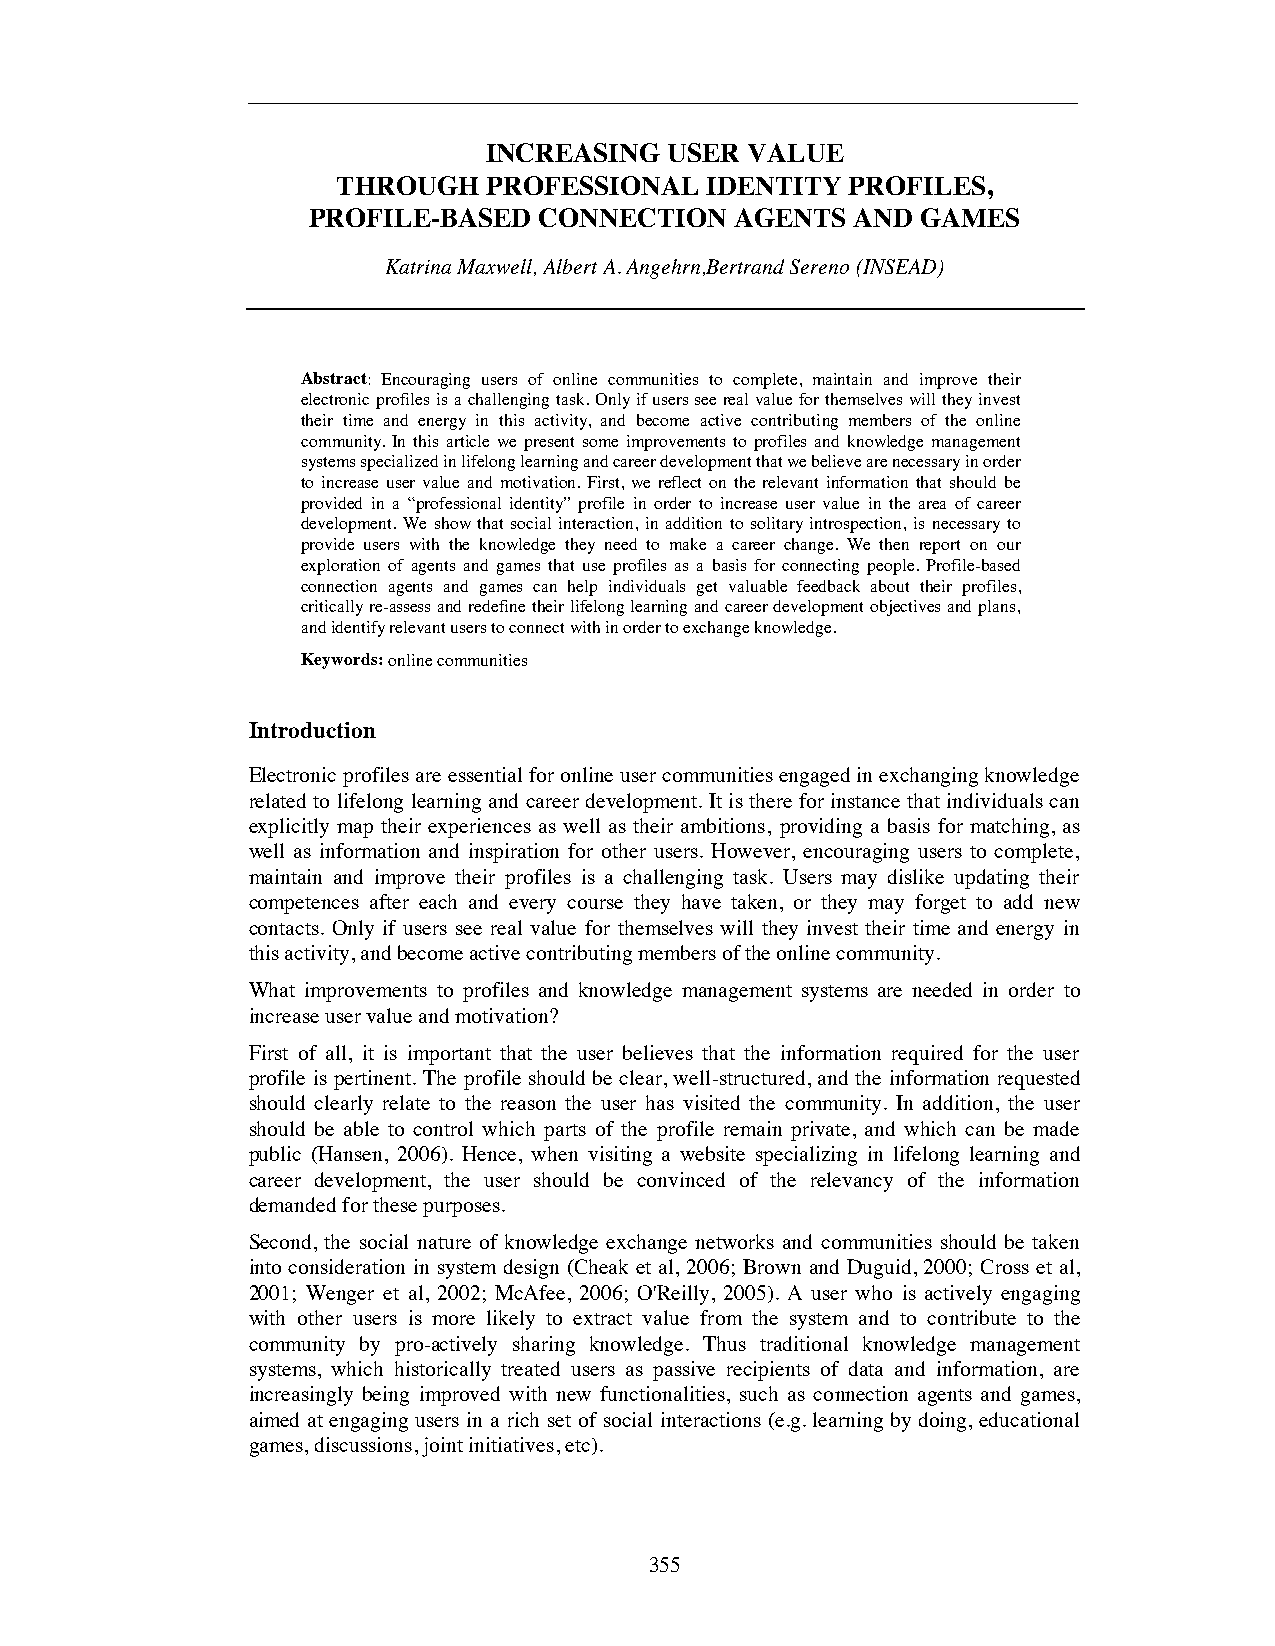
INCREASING  USER  VALUE
 THROUGH   PROFESSIONAL   IDENTITY PROFILES,
 PROFILE-BASED   CONNECTION   AGENTS  AND GAMES
 Katrina Maxwell, Albert A. Angehrn,Bertrand Sereno (INSEAD)
 Abstract: Encouraging users of online communities to complete, maintain and improve their
 electronic profiles is a challenging task. Only if users see real value for themselves will they invest
 their time and energy in this activity, and become active contributing members of the online
 community. In this article we present some improvements to profiles and knowledge management
 systems specialized in lifelong learning and career development that we believe are necessary in order
 to increase user value and motivation. First, we reflect on the relevant information that should be
 provided in a “professional identity” profile in order to increase user value in the area of career
 development. We show that social interaction, in addition to solitary introspection, is necessary to
 provide users with the knowledge they need to make a career change. We then report on our
 exploration of agents and games that use profiles as a basis for connecting people. Profile-based
 connection agents and games can help individuals get valuable feedback about their profiles,
 critically re-assess and redefine their lifelong learning and career development objectives and plans,
 and identify relevant users to connect with in order to exchange knowledge.
 Keywords:online communities
 Introduction
 Electronic profiles are essential for online user communities engaged in exchanging knowledge
 related to lifelong learning and career development. It is there for instance that individuals can
 explicitly map their experiences as well as their ambitions, providing a basis for matching, as
 well as information and inspiration for other users. However, encouraging users to complete,
 maintain and improve their profiles is a challenging task. Users may dislike updating their
 competences after each and every course they have taken, or they may forget to add new
 contacts. Only if users see real value for themselves will they invest their time and energy in
 this activity, and become active contributing members of the online community.
 What improvements to profiles and knowledge management systems are needed in order to
 increase user value and motivation?
 First of all, it is important that the user believes that the information required for the user
 profile is pertinent. The profile should be clear, well-structured, and the information requested
 should clearly relate to the reason the user has visited the community. In addition, the user
 should be able to control which parts of the profile remain private, and which can be made
 public (Hansen, 2006). Hence, when visiting a website specializing in lifelong learning and
 career development, the user should be convinced of the relevancy of the information
 demanded for these purposes.
 Second, the social nature of knowledge exchange networks and communities should be taken
 into consideration in system design (Cheak et al, 2006; Brown and Duguid, 2000; Cross et al,
 2001; Wenger et al, 2002; McAfee, 2006; O'Reilly, 2005). A user who is actively engaging
 with other users is more likely to extract value from the system and to contribute to the
 community by pro-actively sharing knowledge. Thus traditional knowledge management
 systems, which historically treated users as passive recipients of data and information, are
 increasingly being improved with new functionalities, such as connection agents and games,
 aimed at engaging users in a rich set of social interactions (e.g. learning by doing, educational
 games, discussions, joint initiatives, etc).
 355